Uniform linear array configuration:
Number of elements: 64
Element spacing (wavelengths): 0.25
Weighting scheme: blackman
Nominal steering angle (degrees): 15
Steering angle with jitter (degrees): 13.517
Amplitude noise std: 0.05
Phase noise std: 0.05

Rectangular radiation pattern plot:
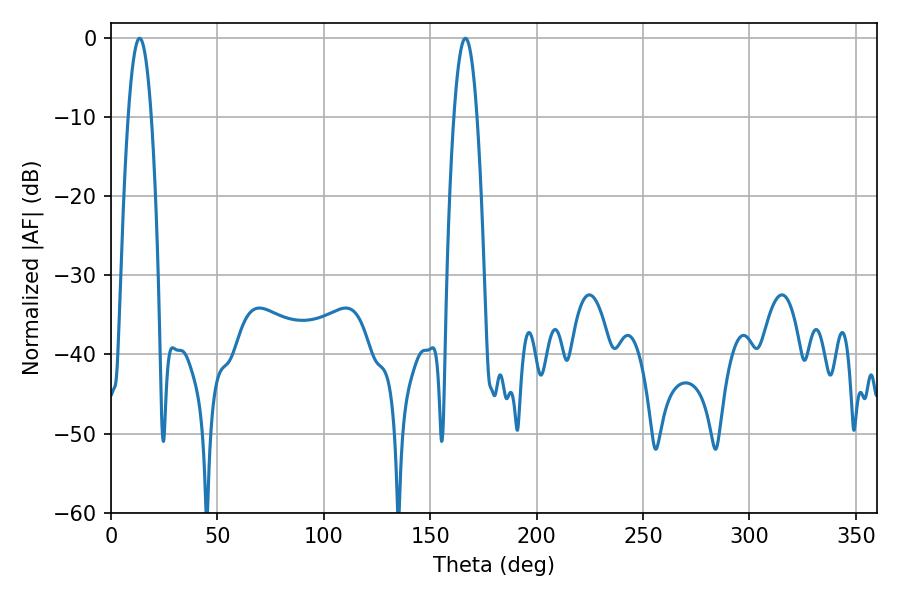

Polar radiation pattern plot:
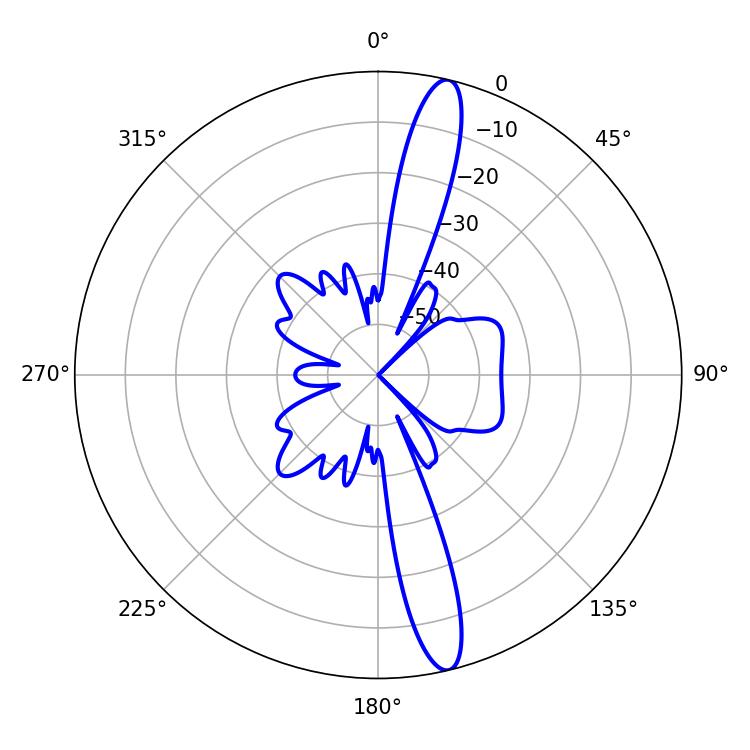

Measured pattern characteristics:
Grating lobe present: FALSE
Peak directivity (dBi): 15.811
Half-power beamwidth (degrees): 5.94
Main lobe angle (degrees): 13.5